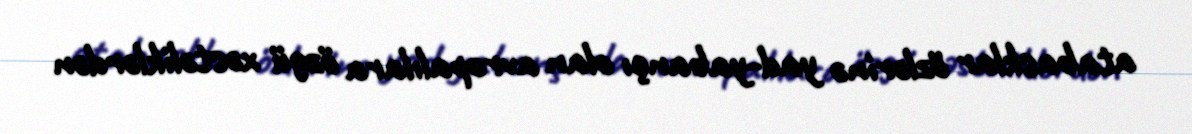
atabasklar özlərinə yad-yabançı olan avropalılara özgü xəstəliklərdən